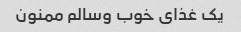
یک غذای خوب وسالم ممنون